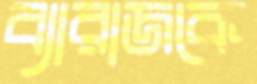
ব্যারাজকে